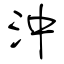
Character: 沖